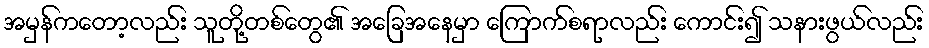
အမှန်ကတော့လည်း သူတို့တစ်တွေ၏ အခြေအနေမှာ ကြောက်စရာလည်း ကောင်း၍ သနားဖွယ်လည်း